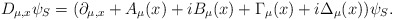
\begin{align*}D_{\mu,x}\psi_{S}= (\partial_{\mu,x}+A_{\mu}(x)+iB_{\mu}(x)+ \Gamma_{\mu}(x)+i\Delta_{\mu}(x))\psi_{S}.\end{align*}